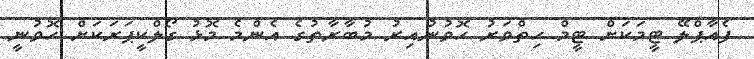
ފެއާޕްލޭ ޓީމަކަށް ޓީމް ހިތްވަރު ހޮވުނުއިރު މުބާރާތުގެ އެންމެ މޮޅު ގޯލްކީޕަރަކަށް ހޮވުނީ